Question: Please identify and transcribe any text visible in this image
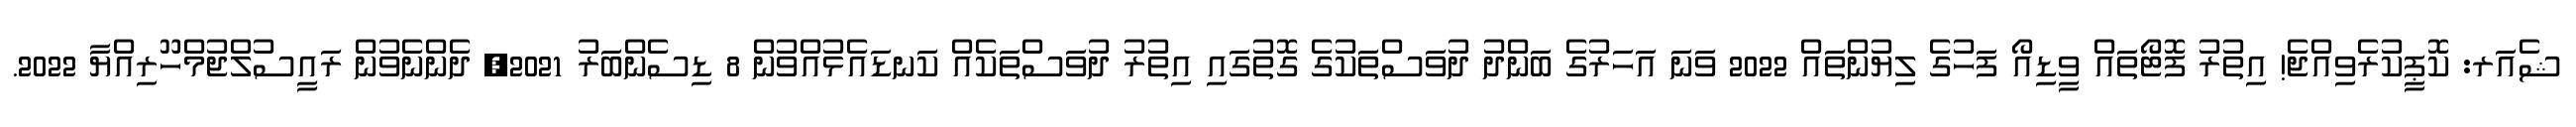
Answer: ޝެއަރ: ކޮޕީކުރެވިއްޖެ! އިތުރު ފޮޓޯތައް ވީޑިއޯ ފަހުގެ ލިޔުންތައް 2022 ވަނަ އަހަރުގެ ބަންދު ދުވަސްތަކުގެ ގޮތުގައި އިތުރު ދުވަސްތަކެއް ކަނޑައެޅުއްވުން 8 ޑިސެންބަރު 2021, ދެންނެވުން ރައީސުލްޖުމްހޫރިއްޔާ 2022.